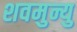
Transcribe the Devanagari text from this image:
शवमुन्यु